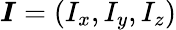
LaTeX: \boldsymbol{I}=\left(I_{x},I_{y},I_{z}\right)